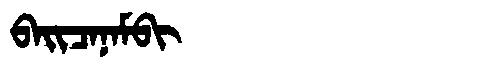
Manchu: ᠪᠠᡳᠴᠠᠨᠠᠮᠪᡳ
Romanization: BAICANAMBI